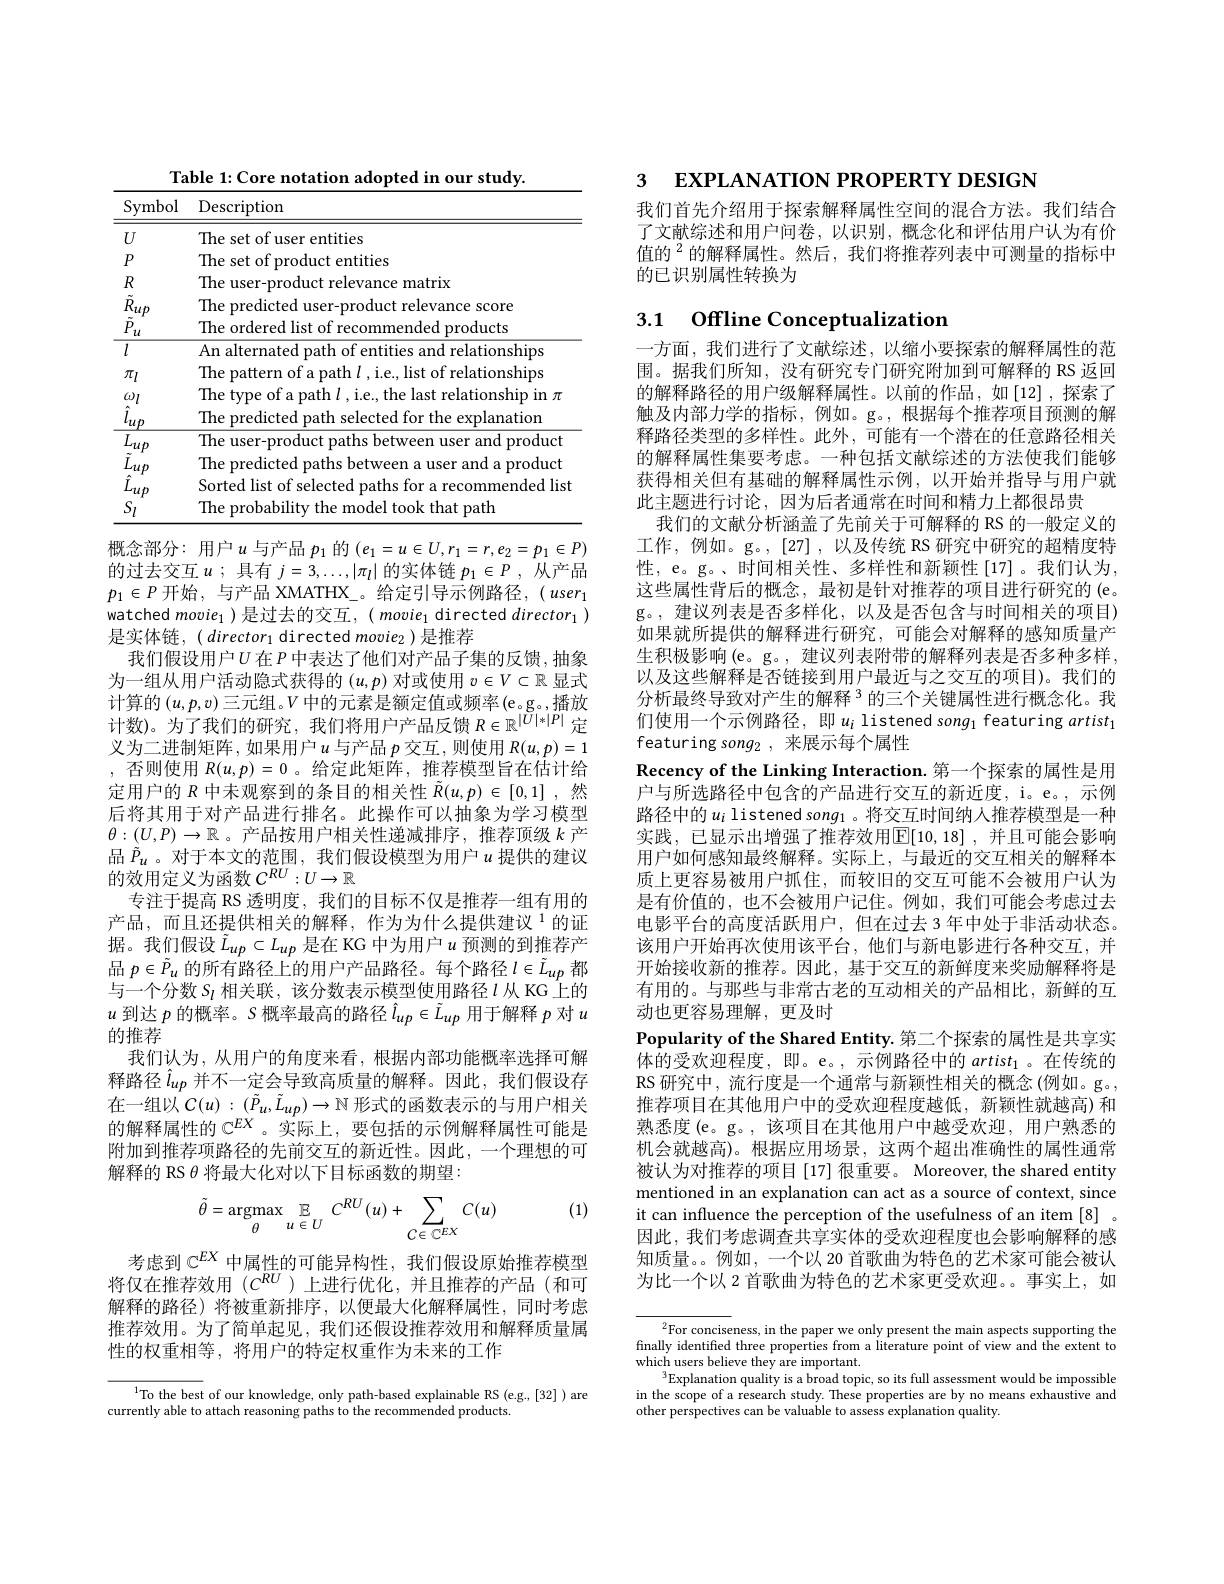
<table>
	<tbody>
		<tr>
			<th>Symbol</th>
			<th>Description</th>
		</tr>
		<tr>
			<td>$U$</td>
			<td>The set of user entities</td>
		</tr>
		<tr>
			<td>$P$</td>
			<td>entities me s sef</td>
		</tr>
		<tr>
			<td>$R$</td>
			<td>Ihe matrix</td>
		</tr>
		<tr>
			<td>$\tilde{R}_{up}$</td>
			<td>The predicted user-product relevance score</td>
		</tr>
		<tr>
			<td>$l$</td>
			<td> emm ano $\Upsilon e$ ionships</td>
		</tr>
		<tr>
			<td>$\pi_l$</td>
			<td>$\Upsilon m$ $of$ relationships</td>
		</tr>
		<tr>
			<td>$\omega_{l}$ lup</td>
			<td>lype $JI$ I a patn st relatıonshıp ın $\pi$ The predicted path selected for the explanation</td>
		</tr>
		<tr>
			<td>$L_{ut}$</td>
			<td>The user-product paths between user and product</td>
		</tr>
		<tr>
			<td>$\tilde{L}_{u_{f}}$</td>
			<td>$1h\epsilon$ predicted paths betw and a product</td>
		</tr>
		<tr>
			<td>$\hat{L}_{u\mu}$</td>
			<td>Sorted list of selecteo paths for recommended lis</td>
		</tr>
		<tr>
			<td>$S_l$</td>
			<td> nrohabilits took cthat nath $10d\rho|$</td>
		</tr>
	</tbody>
</table>

概念部分：用户$u$与产品$p_1$的$(e_1=u\in U,r_1=r,e_2=p_1\in P)$ 的过去交互$u$ ;具有$j=3,\ldots,|\pi_l|$的实体链$p_1\in P$ ,从产品$p_1\in P$ 开始，与产品 XMATHX\_。给定引导示例路径$,(user_1$ watched $movie_1$ )是过去的交互，( movie$_1$ directed $director_1)$ 是实体链，$(\textit{director}_1$ directed movie$_2$ )是推荐
我们假设用户$U$ 在$P$ 中表达了他们对产品子集的反馈，抽象为一组从用户活动隐式获得的$(u,p)$对或使用$v\in V\subset\mathbb{R}$显式计 算 的 $( u, p, v)$三 元 组 。$V$ 中 的 元 素 是 额 定 值 或 频 率 $( \mathrm{e} _{\mathrm{o} }\mathrm{g} _{\mathrm{o} }$,播 放 计 数 ) 。为 了 我 们 的 研 究 , 我 们 将 用 户 产 品 反 馈 $R\in \mathbb{R} ^{| U| * | P| }$ 定义为二进制矩阵，如果用户$u$与产品 $p$ 交互，则使用 $R(u,p)=1$ ,否则使用$R(u,p)=0$ 。给定此矩阵，推荐模型旨在估计给定用户的$R$中未观察到的条目的相关性$\tilde{R}(u,p)\in[0,1]$ ,然后将其用于对产品进行排名。此操作可以抽象为学习模型$\theta:(U,P)\to\mathbb{R}$。产品按用户相关性递减排序，推荐顶级$k$产品$\tilde{P}_u$ 。对于本文的范围，我们假设模型为用户$u$提供的建议的效用定义为函数$C^{RU}:U\to\mathbb{R}$
专注于提高 RS 透明度，我们的目标不仅是推荐一组有用的产品，而且还提供相关的解释，作为为什么提供建议$^{1}$的证据。我们假设$\tilde{L}_{up}\subset L_{up}$是在 KG 中为用户$u$预测的到推荐产品$p\in\tilde{P}_u$的所有路径上的用户产品路径。每个路径$l\in\tilde{L}_{up}$都与一个分数$S_l$相关联，该分数表示模型使用路径$\iota$从 KG 上的$u$到达$\dot p$的概率。S 概率最高的路径$\hat{l}_{up}\in\tilde{L}_{up}$用于解释$p$对$u$ 的推荐
我们认为，从用户的角度来看，根据内部功能概率选择可解释路径$\hat{l}_{up}$ 并不一定会导致高质量的解释。因此，我们假设存在一组以$C(u):(\tilde{P}_u,\tilde{L}_{up})\to\mathbb{N}$形式的函数表示的与用户相关的解释属性的$\mathbb{C}^{EX}$ 。实际上，要包括的示例解释属性可能是附加到推荐项路径的先前交互的新近性。因此，一个理想的可解释的 RS $\theta$将最大化对以下目标函数的期望：
(1)
$$\tilde{\theta}=\underset{\theta}{\mathrm{argmax}}\underset{u\:\in\:U}{\mathbb{E}}C^{RU}(u)+\sum_{C\:\in\:\mathbb{C}^{EX}}C(u)$$
考虑到$\mathbb{C}^{EX}$中属性的可能异构性，我们假设原始推荐模型将仅在推荐效用$(C^{RU}$ )上进行优化，并且推荐的产品 (和可解释的路径)将被重新排序，以便最大化解释属性，同时考虑推荐效用。为了简单起见，我们还假设推荐效用和解释质量属性的权重相等，将用户的特定权重作为未来的工作

$^{1}$To the best of our knowledge, only path-based explainable RS (e.g.,[32]) are
currently able to attach reasoning paths to the recommended products.

3 EXPLANATION PROPERTY DESIGN

我们首先介绍用于探索解释属性空间的混合方法。我们结合了文献综述和用户问卷，以识别，概念化和评估用户认为有价值的$^{2}$的解释属性。然后，我们将推荐列表中可测量的指标中的已识别属性转换为

# 3.1 Offline Conceptualization

一方面，我们进行了文献综述，以缩小要探索的解释属性的范围。据我们所知，没有研究专门研究附加到可解释的 RS 返回的解释路径的用户级解释属性。以前的作品，如[12],探索了触及内部力学的指标，例如。g。,根据每个推荐项目预测的解释路径类型的多样性。此外，可能有一个潜在的任意路径相关的解释属性集要考虑。一种包括文献综述的方法使我们能够获得相关但有基础的解释属性示例，以开始并指导与用户就此主题进行讨论，因为后者通常在时间和精力上都很昂贵
我们的文献分析涵盖了先前关于可解释的 RS 的一般定义的工作，例如。g。,[27],以及传统 RS 研究中研究的超精度特性，e。g。、时间相关性、多样性和新颖性[17]。我们认为， 这些属性背后的概念，最初是针对推荐的项目进行研究的 (e。g。,建议列表是否多样化，以及是否包含与时间相关的项目) 如果就所提供的解释进行研究，可能会对解释的感知质量产生积极影响(e。g。, 建议列表附带的解释列表是否多种多样以及这些解释是否链接到用户最近与之交互的项目)。我们的分析最终导致对产生的解释$^{3}$的三个关键属性进行概念化。我们使用一个示例路径，即$u_i$ listened song$_1$ featuring $artist_1$ featuring song2, 来展示每个属性
Recency of the Linking Interaction. 第一个探索的属性是用户与所选路径中包含的产品进行交互的新近度，i。e。, 示例路径中的$u_i$ listened song1 。将交互时间纳人推荐模型是一种实践，已显示出增强了推荐效用$\boxed{\mathrm{E} }[ 10, 18]$ , 并且可能会影响用户如何感知最终解释。实际上，与最近的交互相关的解释本质上更容易被用户抓住，而较旧的交互可能不会被用户认为是有价值的，也不会被用户记住。例如，我们可能会考虑过去电影平台的高度活跃用户，但在过去 3 年中处于非活动状态。该用户开始再次使用该平台，他们与新电影进行各种交互，并开始接收新的推荐。因此，基于交互的新鲜度来奖励解释将是有用的。与那些与非常古老的互动相关的产品相比，新鲜的互动也更容易理解，更及时
Popularity of the Shared Entity. 第二个探索的属性是共享实体的受欢迎程度，即。e。,示例路径中的$artist_1$ 。在传统的RS 研究中，流行度是一个通常与新颖性相关的概念 (例如。g。, 推荐项目在其他用户中的受欢迎程度越低，新颖性就越高)和熟悉度 (e。g。, 该项目在其他用户中越受欢迎，用户熟悉的机会就越高)。根据应用场景，这两个超出准确性的属性通常被认为对推荐的项目[17] 很重要。Moreover, the shared entity mentioned in an explanation can act as a source of context, since it can influence the perception of the usefulness of an item [8] 。因此，我们考虑调查共享实体的受欢迎程度也会影响解释的感知质量。例如，一个以 20 首歌曲为特色的艺术家可能会被认为比一个以 2 首歌曲为特色的艺术家更受欢迎。事实上，如

$^2$For conciseness, in the paper we only present the main aspects supporting the finally identified three properties from a literature point of view and the extent to which users believe they are important.
$^3$Explanation quality is a broad topic, so its full assessment would be impossible in the scope of a research study. These properties are by no means exhaustive and other perspectives can be valuable to assess explanation quality.